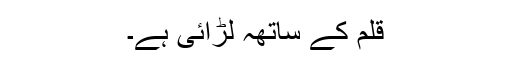
قلم کے ساتھہ لڑائی ہے۔